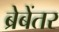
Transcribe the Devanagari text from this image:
ब्रेबेंतर